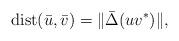
LaTeX: \begin{align*}\mathrm{dist}(\bar{u}, \bar{v}) = \| \bar{\Delta}(uv^*)\|,\end{align*}